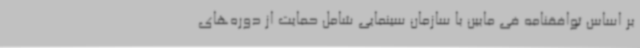
بر اساس توافقنامه فی مابین با سازمان سینمایی شامل حمایت از دوره‌های